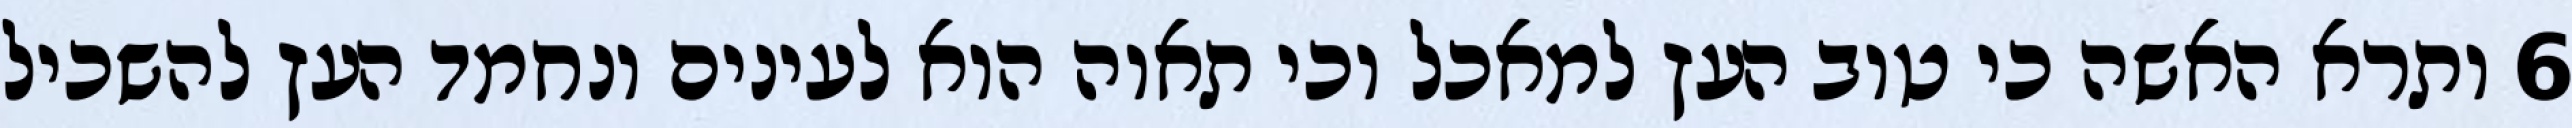
‎6‏ ותרא האשה כי טוב העץ למאכל וכי תאוה הוא לעינים ונחמד העץ להשכיל